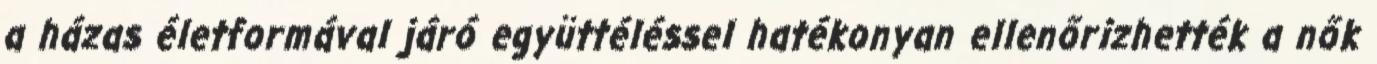
a házas életformával járó együttéléssel hatékonyan ellenőrizhették a nők